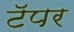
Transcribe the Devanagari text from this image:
टॅपर